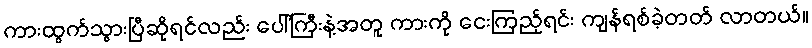
ကားထွက်သွားပြီဆိုရင်လည်း ပေါ်ကြီးနဲ့အတူ ကားကို ငေးကြည့်ရင်း ကျန်ရစ်ခဲ့တတ် လာတယ်။